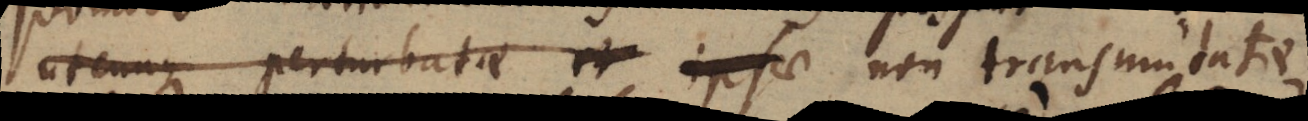
utcunque perturbatae et ipsae non transmutatae